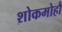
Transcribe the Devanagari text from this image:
शोकमोहौ